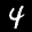
Label: 4